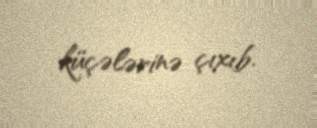
küçələrinə çıxıb.